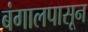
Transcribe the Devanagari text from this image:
बंगालपासून